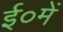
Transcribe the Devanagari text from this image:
ई०में